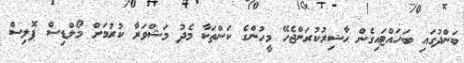
ބަންދުގައި ބަހައްޓައިގެން ޙާޟިރުކުރަންޖެހޭ މީހުންގެ ކަންތަކާ މެދު މަޝްވަރާ ކުރުމަށް މޯލްޑިސް ޕޮލިސް